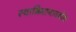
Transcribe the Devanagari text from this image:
स्वाभिमानावबोध